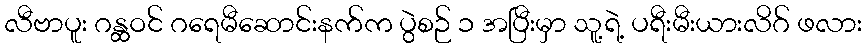
လီဗာပူး ဂန္ထဝင် ဂရေမီဆောင်းနက်က ပွဲစဉ် ၁ အပြီးမှာ သူ့ရဲ့ ပရီးမီးယားလိဂ် ဖလား